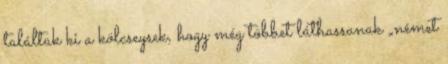
találtak ki a kölcseysek, hogy még többet láthassanak „német